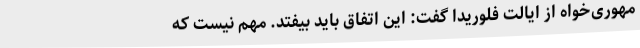
مهوری‌خواه از ایالت فلوریدا گفت: این اتفاق باید بیفتد. مهم نیست که